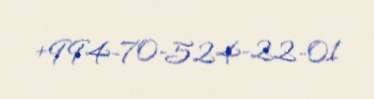
+994-70-524-22-01